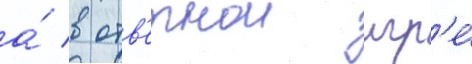
а́ в отв'етнои игр'е́